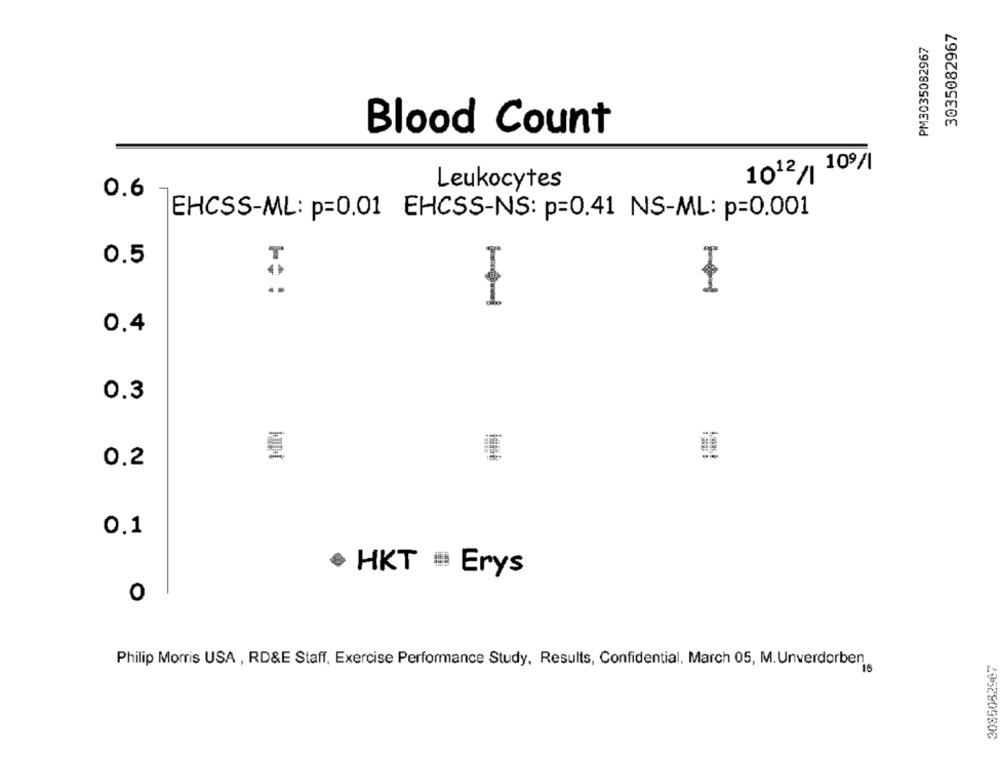
3035082967
PM3035082967
Blood Count
1012/1 109/1
Leukocytes
0.6
EHCSS-ML: p=0.01 EHCSS-NS: p=0.41 NS-ML: p=0.001
T
0.5
0.4
0.3
0.2
0.1
$ HKT = Erys
0
Philip Morris USA , RD&E Staff, Exercise Performance Study, Results, Confidential, March 05, M.Unverdorben
3085082987